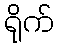
ရိုက်